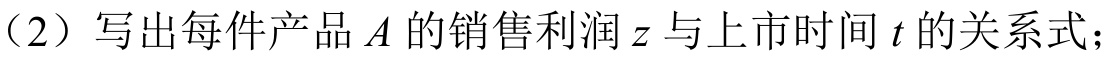
（2）写出每件产品\(A\)的销售利润\(z\)与上市时间\(t\)的关系式；